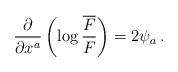
LaTeX: \begin{align*}\frac{\partial}{\partial x^a}\left(\log {\frac{\overline{F}}{F}}\right)=2\psi_a\,.\end{align*}